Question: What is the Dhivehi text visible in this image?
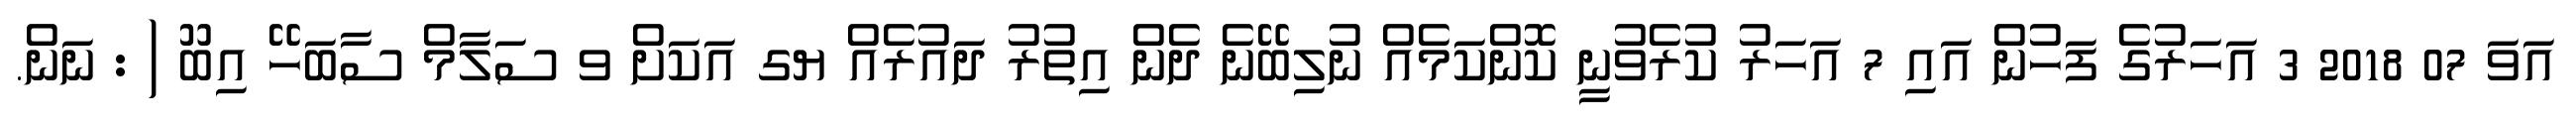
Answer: އަވަ 07 2018 3 އަހަރުގެ ފަހުން އައި 7 އަހަރު ކުރެވުނީ ކޮންކަމެއް ނުލިބޭނެ ދެން އިތުރު ދައުރެއް ޔގ އަކަށް ވ ސަލާމް ސާބަހޭ އިބޫ ( : ނަން.